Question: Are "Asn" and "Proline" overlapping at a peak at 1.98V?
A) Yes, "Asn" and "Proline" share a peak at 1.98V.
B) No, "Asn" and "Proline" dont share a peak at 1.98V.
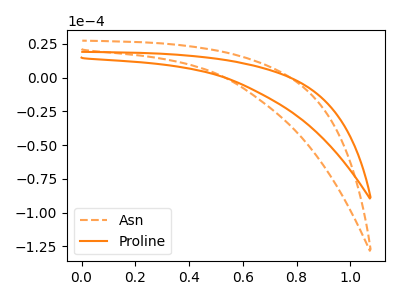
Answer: <think>The orange dashed curve "Asn" has no peaks. The orange curve "Proline" has no peaks.</think>
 <answer>B) No, "Asn" and "Proline" dont share a peak at 1.98V.</answer>
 <eval>B</eval>